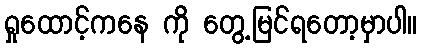
ရှုထောင့်ကနေ ကို တွေ့မြင်ရတော့မှာပါ။